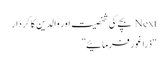
Next بچے کی شخصیت اور والدین کا کردار
“ذرا غور فرمائیے”